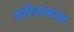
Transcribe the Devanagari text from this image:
कपिलस्थान